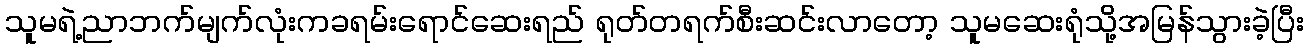
သူမရဲ့ညာဘက်မျက်လုံးကခရမ်းရောင်ဆေးရည် ရုတ်တရက်စီးဆင်းလာတော့ သူမဆေးရုံသို့အမြန်သွားခဲ့ပြီး